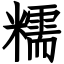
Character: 糯